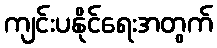
ကျင်းပနိုင်ရေးအတွက်